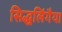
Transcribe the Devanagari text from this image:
सिद्धलिंगैया